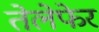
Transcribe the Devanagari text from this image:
तेलेफेर